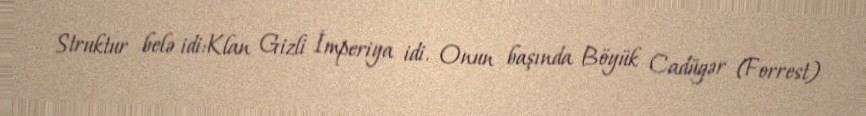
Struktur belə idi:Klan Gizli İmperiya idi. Onun başında Böyük Cadügər (Forrest)